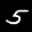
Label: 5